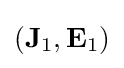
(\mathbf {J} _{1},\mathbf {E} _{1})